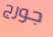
جورج